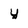
Character: y